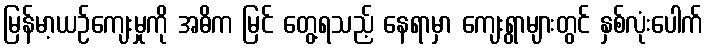
မြန်မာ့ယဉ်ကျေးမှုကို အဓိက မြင် တွေ့ရသည့် နေရာမှာ ကျေးရွာများတွင် နှစ်လုံးပေါက်